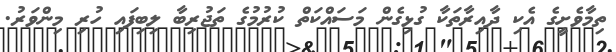
ތިމާވެށީގެ އެކި ދާއިރާތަކާ ގުޅިގެން މަސައްކަތް ކުރުމުގެ ތަޖުރިބާ ލިބިފައި ހުރި މިންވަރު.